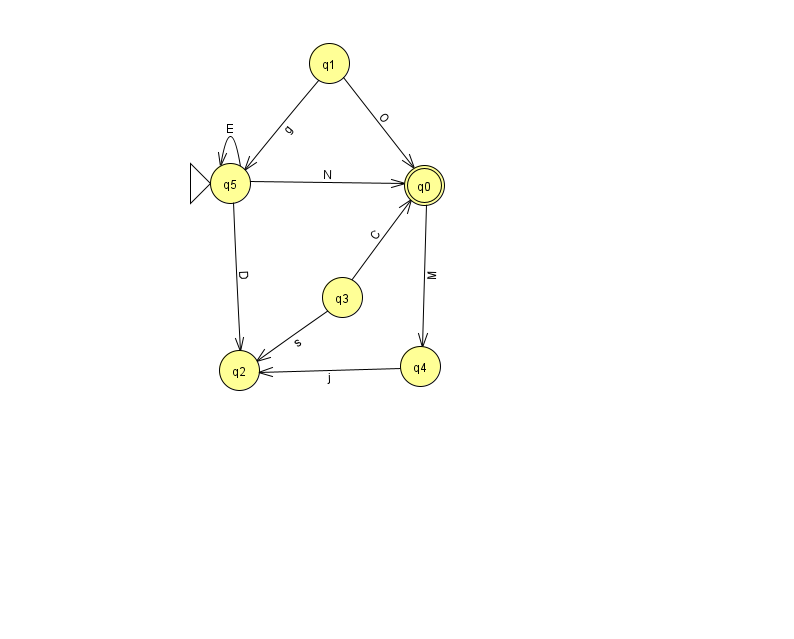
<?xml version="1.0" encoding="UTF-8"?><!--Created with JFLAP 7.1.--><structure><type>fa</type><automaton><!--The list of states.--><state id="0" name="q0"><x>424.0</x><y>172.0</y><final/></state><state id="1" name="q1"><x>329.0</x><y>50.0</y></state><state id="2" name="q2"><x>239.0</x><y>357.0</y></state><state id="3" name="q3"><x>342.0</x><y>284.0</y></state><state id="4" name="q4"><x>420.0</x><y>353.0</y></state><state id="5" name="q5"><x>230.0</x><y>170.0</y><initial/></state><!--The list of transitions.--><transition><from>3</from><to>0</to><read>C</read></transition><transition><from>3</from><to>2</to><read>s</read></transition><transition><from>1</from><to>0</to><read>O</read></transition><transition><from>5</from><to>0</to><read>N</read></transition><transition><from>5</from><to>5</to><read>E</read></transition><transition><from>1</from><to>5</to><read>g</read></transition><transition><from>4</from><to>2</to><read>j</read></transition><transition><from>0</from><to>4</to><read>M</read></transition><transition><from>5</from><to>2</to><read>D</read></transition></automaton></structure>